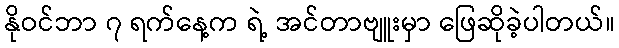
နိုဝင်ဘာ ၇ ရက်နေ့က ရဲ့ အင်တာဗျူးမှာ ဖြေဆိုခဲ့ပါတယ်။